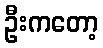
ဦးကတော့